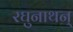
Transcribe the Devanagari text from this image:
रघुनाथन्